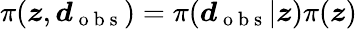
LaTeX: \pi(\boldsymbol{z},\boldsymbol{d}_{\mathrm{~o~b~s~}})=\pi(\boldsymbol{d}_{\mathrm{~o~b~s~}}|\boldsymbol{z})\pi(\boldsymbol{z})